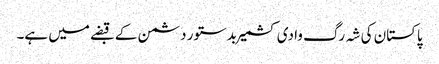
پاکستان کی شہ رگ وادی کشمیر بدستور دشمن کے قبضے میں ہے۔